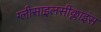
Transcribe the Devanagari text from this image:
ग्लीसाइलसीक्लाइंस